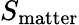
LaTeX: S_{\mathrm{matter}}